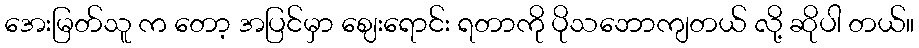
အေးမြတ်သူ က တော့ အပြင်မှာ ဈေးရောင်း ရတာကို ပိုသဘောကျတယ် လို့ ဆိုပါ တယ်။